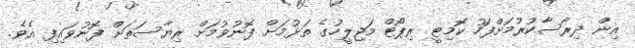
އިން ދިރާސާކުރުމަށްފަހު ކޮމިޓީ ރިޕޯޓް މަޖިލީހުގެ ތަޅުމަށް ފޮނުވުމަށް ރިޔާސަތަށް ފޮނުވައިފި އެވެ.